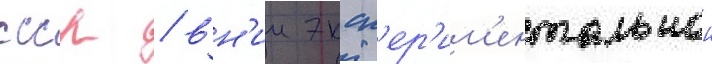
ссср / вн'ии эксп'ер'им'ентальнои